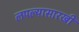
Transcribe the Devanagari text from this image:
लपल्यासारखी